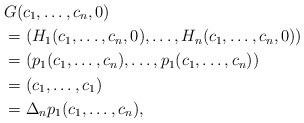
LaTeX: \begin{align*} &G(c_1,\dots,c_n,0)\\&=(H_1(c_1,\dots,c_n,0),\dots,H_n(c_1,\dots,c_n,0))\\ &=(p_1(c_1,\dots,c_n),\dots,p_1(c_1,\dots,c_n))\\&=(c_1,\dots,c_1)\\ &=\Delta_np_1(c_1,\dots,c_n),\end{align*}